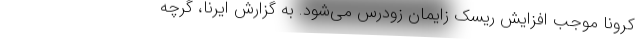
کرونا موجب افزایش ریسک زایمان زودرس می‌شود. به گزارش ایرنا، گرچه